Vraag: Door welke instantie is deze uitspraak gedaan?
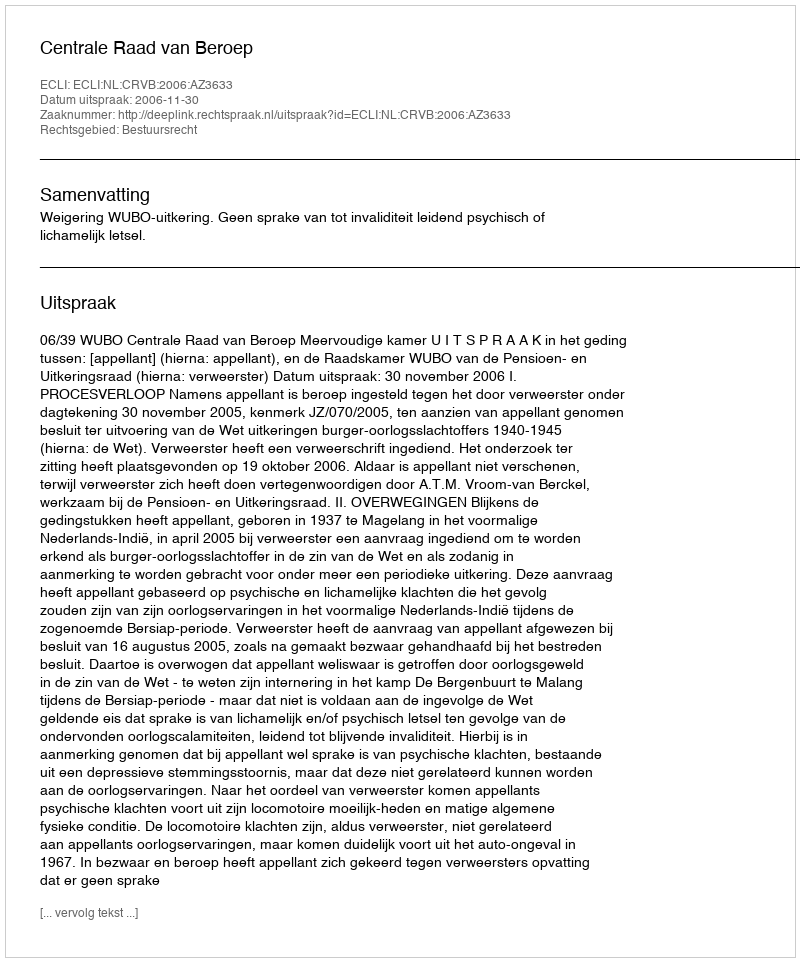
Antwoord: Centrale Raad van Beroep